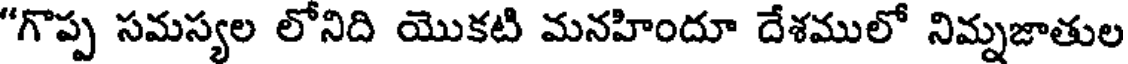
"గొప్ప సమస్యల లోనిది యొకటి మనహిందూ దేశములో నిమ్నజాతుల